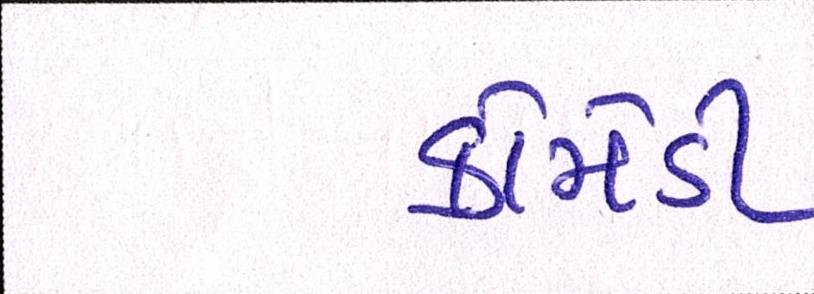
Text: કોમેડી